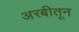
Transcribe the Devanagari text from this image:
अरबीतून